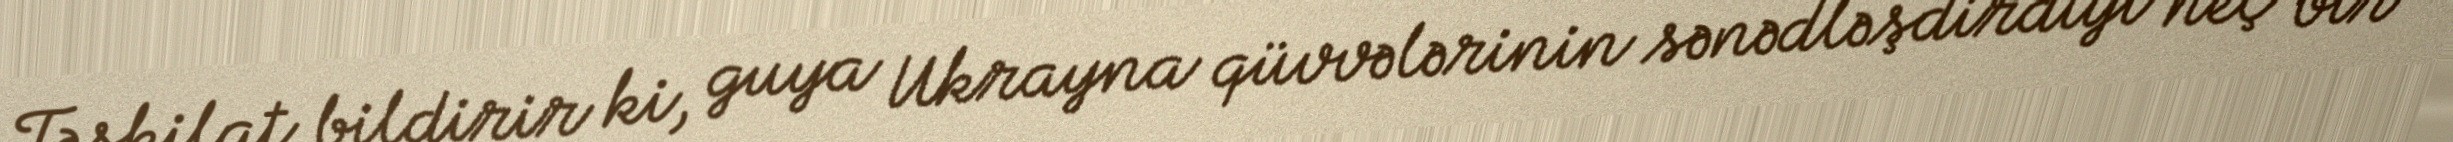
Təşkilat bildirir ki, guya Ukrayna qüvvələrinin sənədləşdirdiyi heç bir